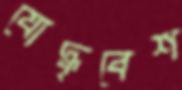
যোদ্ধৃবেশ